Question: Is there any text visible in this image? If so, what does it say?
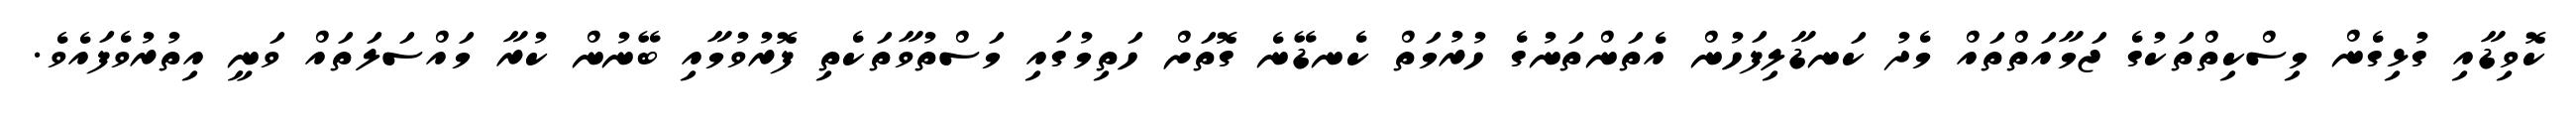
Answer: ކޮވިޑާއި ގުޅިގެން މިސްކިތްތަކުގެ ޖަމާއަތްތައް މެދު ކަނޑާލިފަހުން އެތަންތަނުގެ ހުރުމަތް ކެނޑޭނެ ގޮތަށް ހަތިމުގައި މަސްތުވާތަކެތި ފޮރުވުމާއި ބޭނުން ކުރާ މައްސަލަތައް ވަނީ އިތުރުވެފައެވެ.